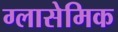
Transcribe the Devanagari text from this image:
ग्लासेमिक